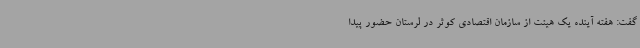
گفت: هفته آینده یک هیئت از سازمان اقتصادی کوثر در لرستان حضور پیدا